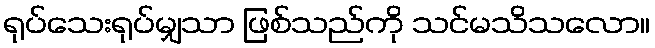
ရုပ်သေးရုပ်မျှသာ ဖြစ်သည်ကို သင်မသိသလော။